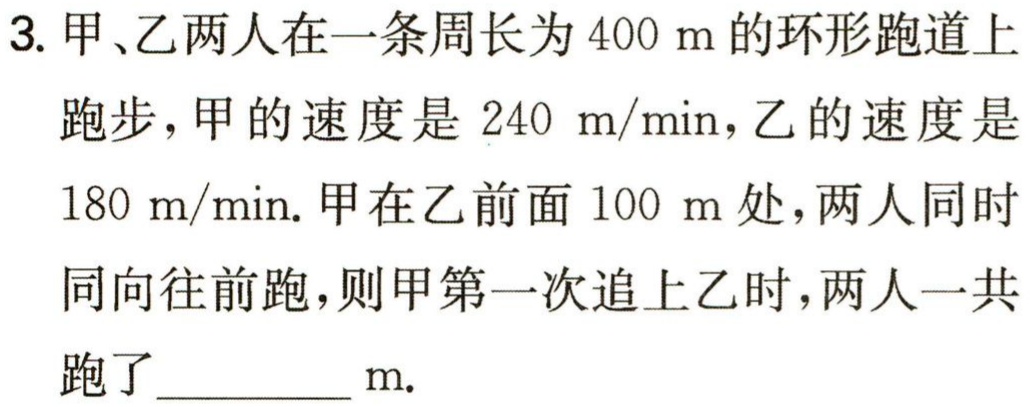
3. 甲、乙两人在一条周长为\(400\ m\)的环形跑道上跑步，甲的速度是\(240\ m/min\)，乙的速度是\(180\ m/min\). 甲在乙前面\(100\ m\)处，两人同时同向往前跑，则甲第一次追上乙时，两人一共跑了________\(m\).